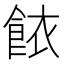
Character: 餏